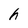
Character: h